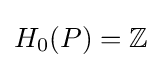
H_{0}(P)=\mathbb {Z}